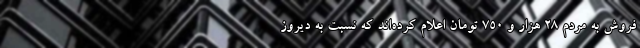
فروش به مردم ۲۸ هزار و ۷۵۰ تومان اعلام کرده‌اند که نسبت به دیروز